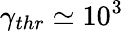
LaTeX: \gamma_{thr}\simeq 10^{3}